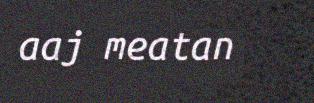
aaj meatan